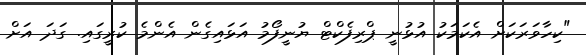
"ކިހާވަރަކަށް އެކަމަކު އުޅުނީ ޕްރިފެކްޓް ޔުނީފޯމު އަޅައިގެން އެންމެ ކުރީގައި. ގަދަ އަށް